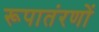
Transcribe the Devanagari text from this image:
रूपातंरणों